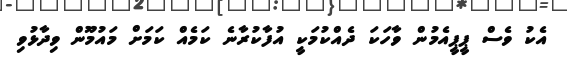
އެކު ވެސް ޕީޕީއެމުން ވާހަކަ ދެއްކުމަކީ އުފާކުރާނެ ކަމެއް ކަމަށް މައުމޫން ވިދާޅުވި